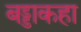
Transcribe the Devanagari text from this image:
बड्डाकहा